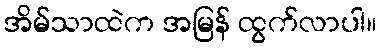
အိမ်သာထဲက အမြန် ထွက်လာပါ။